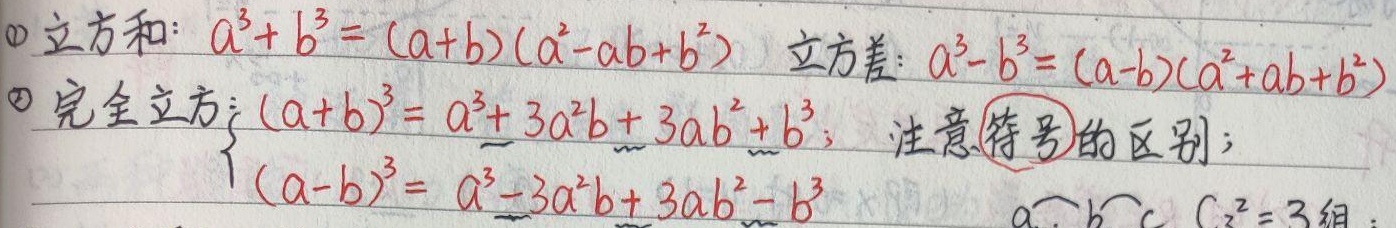
1. 立方和：\(a^{3}+b^{3}=(a + b)(a^{2}-ab + b^{2})\)；立方差：\(a^{3}-b^{3}=(a - b)(a^{2}+ab + b^{2})\)
2. 完全立方：\(\begin{cases}(a + b)^{3}=a^{3}+3a^{2}b + 3ab^{2}+b^{3}\\(a - b)^{3}=a^{3}-3a^{2}b + 3ab^{2}-b^{3}\end{cases}\)，注意\textcircled{符号}的区别；